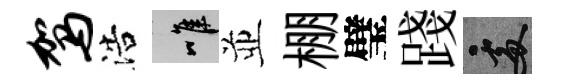
驾浩唯並棚璧踐處